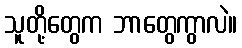
သူတို့တွေက ဘာတွေကွာလဲ။